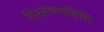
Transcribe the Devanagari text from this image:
विश्लेषणविधि